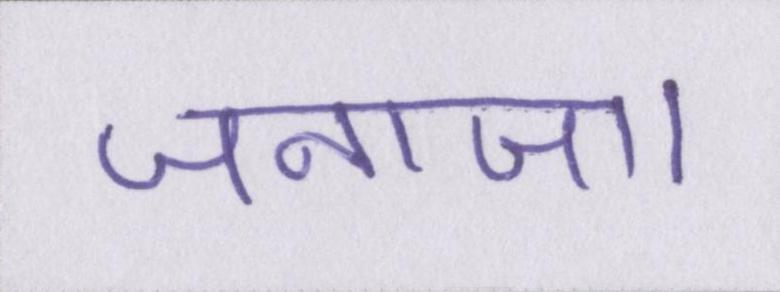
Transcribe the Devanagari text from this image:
जनाजा